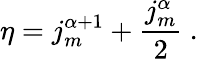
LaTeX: \eta=j_{m}^{\alpha+1}+\frac{j_{m}^{\alpha}}{2}\ .